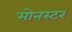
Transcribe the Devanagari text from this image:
मोनस्टर